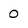
Character: 0